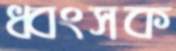
ধ্বংসক